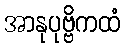
အာနုပုဗ္ဗိကထံ